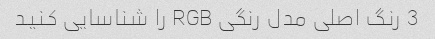
3 رنگ اصلی مدل رنگی RGB را شناسایی کنید